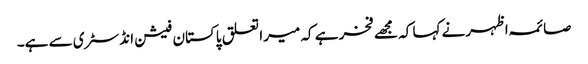
صائمہ اظہرنے کہا کہ مجھے فخر ہے کہ میرا تعلق پاکستان فیشن انڈسٹری سے ہے۔